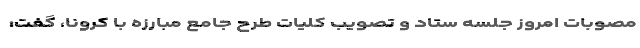
مصوبات امروز جلسه ستاد و تصویب کلیات طرح جامع مبارزه با کرونا، گفت: